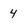
Character: 4